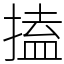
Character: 搕